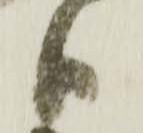
日